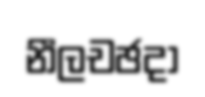
නීලචඡදා